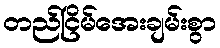
တည်ငြိမ်အေးချမ်းစွာ